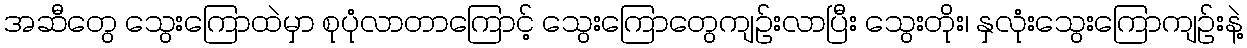
အဆီတွေ သွေးကြောထဲမှာ စုပုံလာတာကြောင့် သွေးကြောတွေကျဉ်းလာပြီး သွေးတိုး၊ နှလုံးသွေးကြောကျဉ်းနဲ့